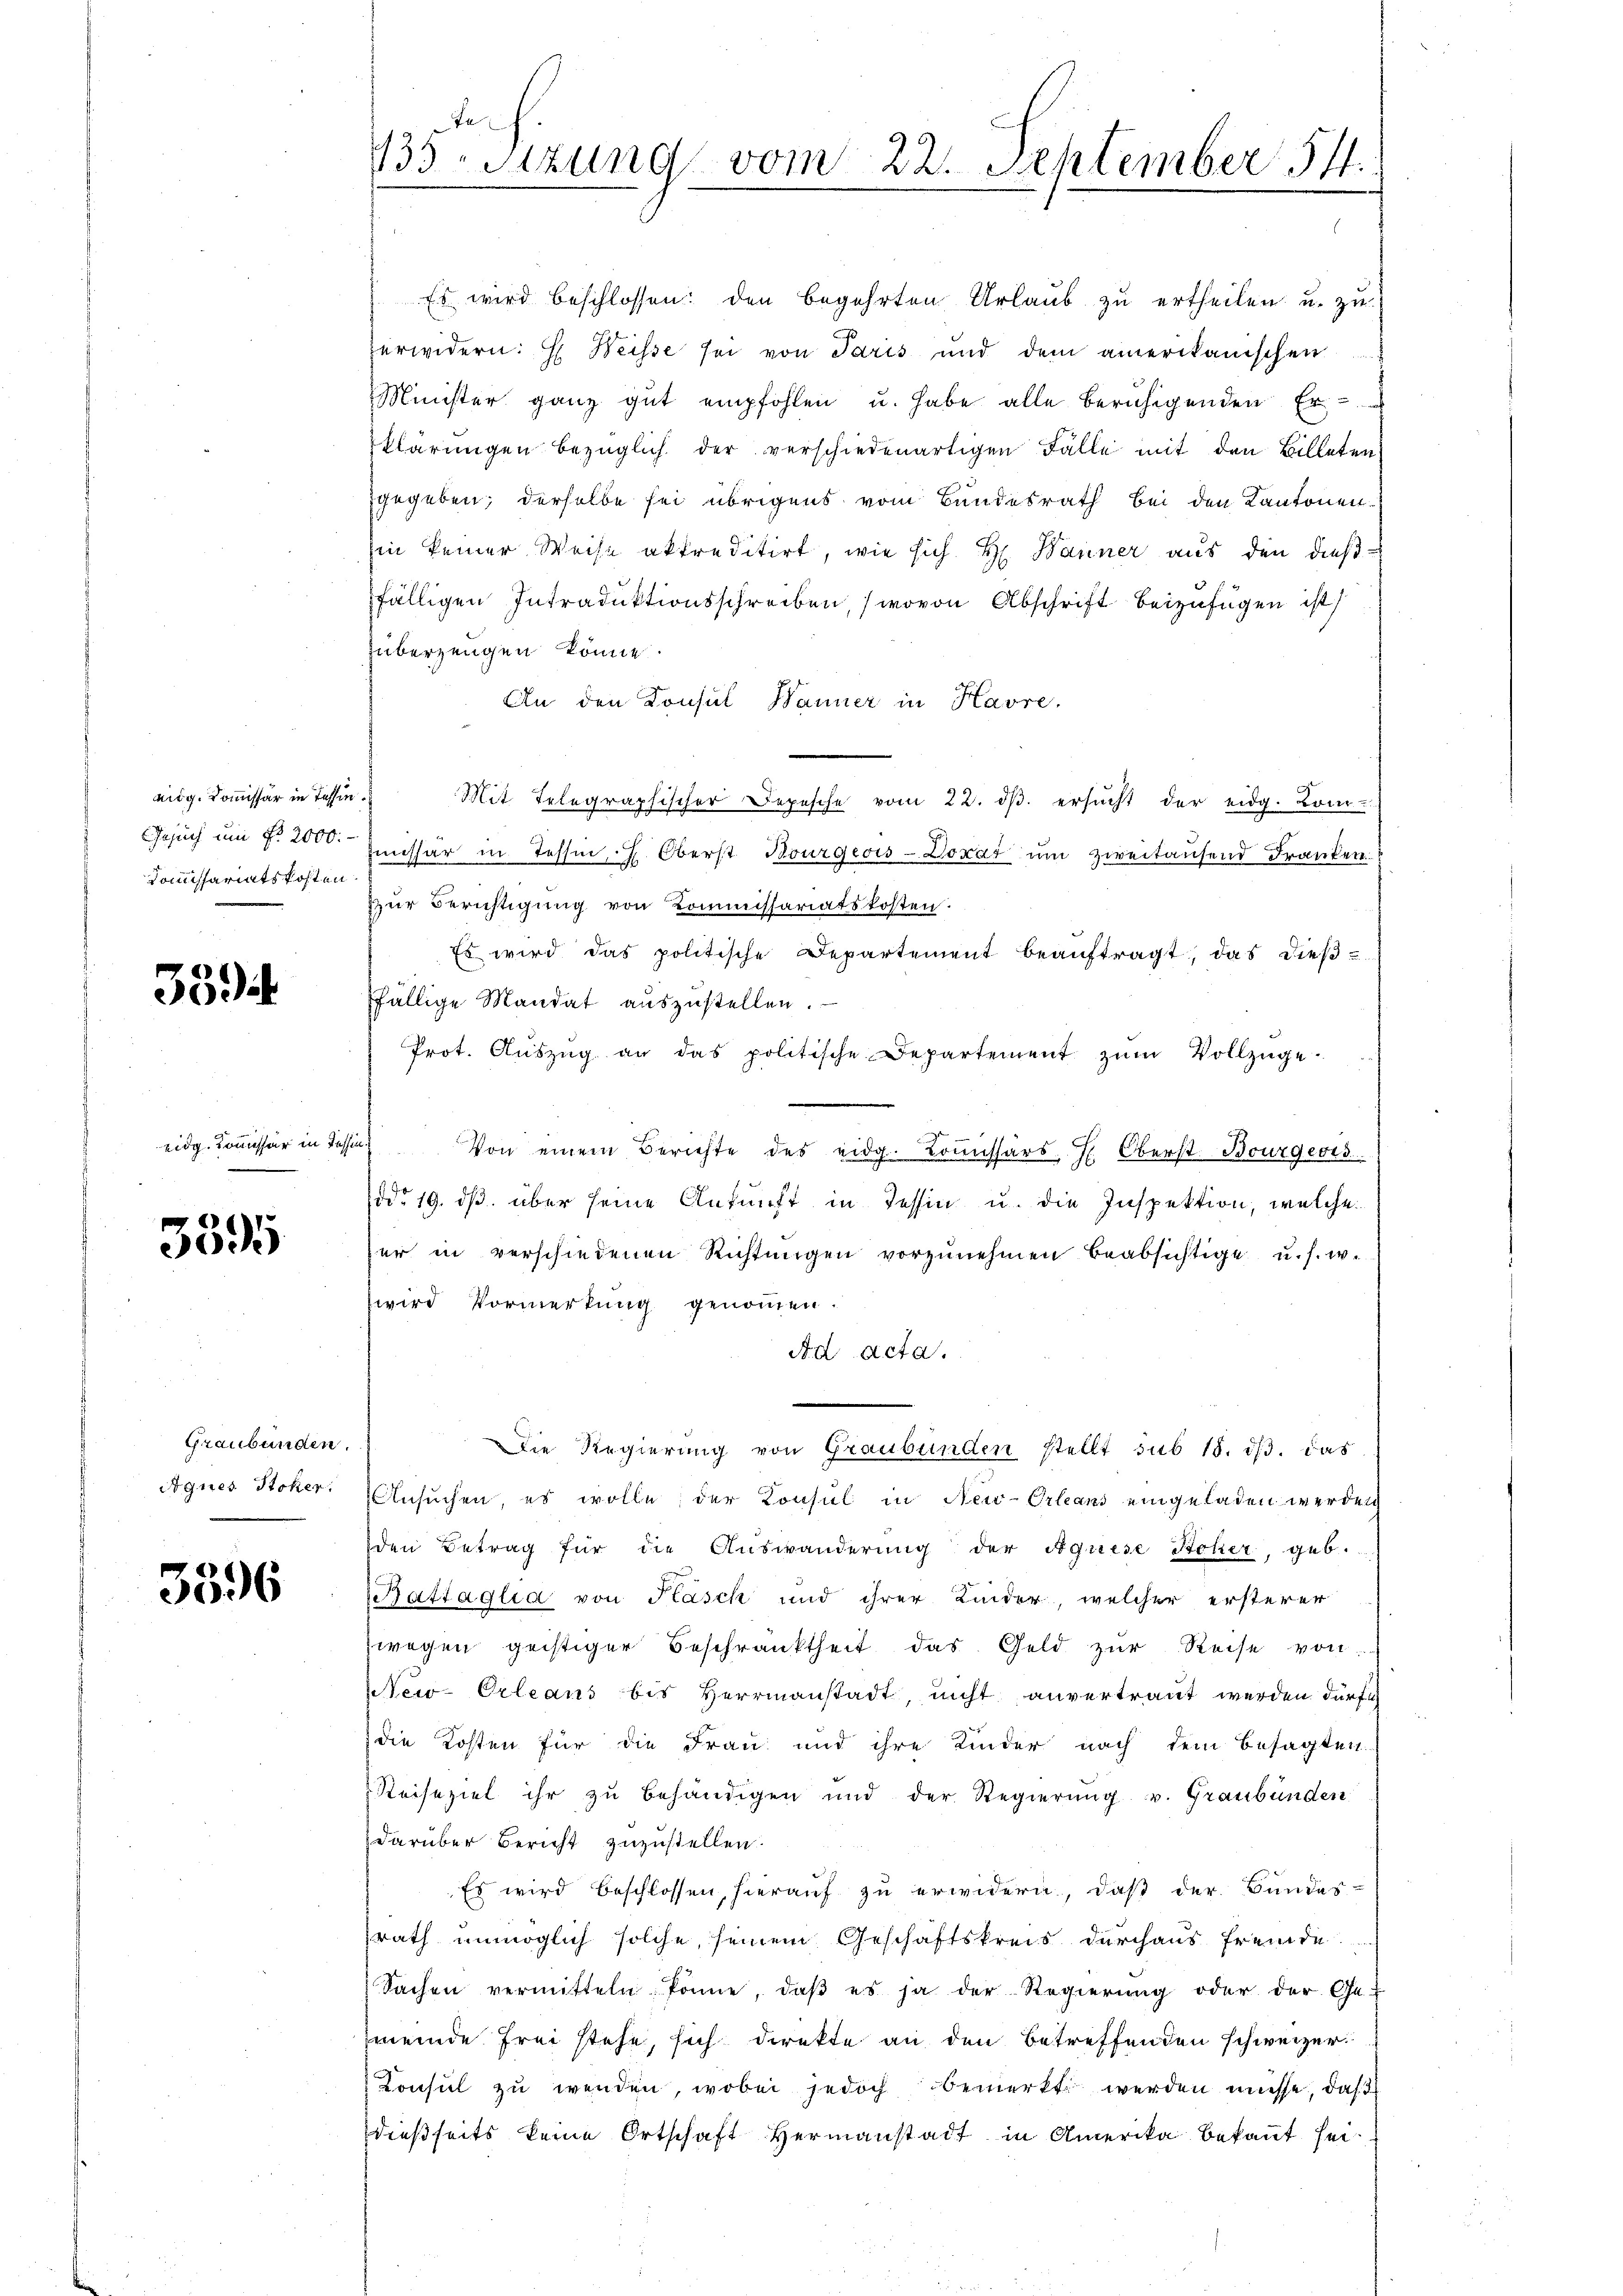
aig. Kommissär in Tessin
Gesuch um Fr. 2000.
Commissariatskosten

3594.

eidg. Kommissär in Tessi

3395

Graubünden.
Aques Stoker.

3596

135. Sitzung vom 22. September 111.

Es wird beschlossen: den begehrten Urlaŭb zŭ ertheilen u. zu
zerwidern: H. Weisse sei von Paris und dem amerikanischen
Minister ganz gut empfohlen u. habe alle beruhigenden Er
klärungen bezüglich der verschiedenartigen Fälle mit den Billeten
gegeben; derselbe sei übrigens vom Bundesrath bei den Kantonen¬
Ein keiner Weise aktreditirt, wie sich H. Banner aus den dießfälligen Intraduktionsschreiben, (wovon Abschrift beizufügen ist
überzeugen könne.
An den Konsul Banner in Havre,
Mit Telegraphischer Depesche vom 22. dβ. ersŭcht der eidg. Kom-
uissar in Tessin, L. Oberst Bourgeois-Lokar um zweitausend Franken.
zzur Berichtigung von Kommissariatskosten.
Es wird das politische Departement beauftragt, das dießffällige Mandat auszustellen.
Prot. Aŭszŭg an das politische Departement zŭm Vollzüge
Von einem Berichte des eidg. Loŭissärs H. Oberst Bourgert.
ddo 19. dβ über seine Ankunft in Tessin u. die Inspektion, welche
er in verschiedenen Richtŭngen vorzŭnehmen beabsichtige u. s. w.
wird Vormerkung genommen.
Ad Acta.
Die Regierung von Graubünden stellt sub 15. ds. das
Ansuchen es wolle, der Konsul in New-Orleans eingeladen werden
den Betrag für die Auswanderung der Aquise Hoher, geb.
Battaglia von Fläsch und ihrer Kinder, welcher ersterer
wegen geistiger Beschränktheit das Geld zur Reise von
New-Orleans bis Herrmanstadt, nicht anvertraut werden dürfe,
die Kosten für die Frau und ihre Kinder nach dem besagten
Reiseziel ihr zu behändigen und der Regierŭng v. Graubünden
darüber Bericht zuzustellen.
Es wird beschlossen, hierauf zu erwidern, daß der Bundes-
srath unmöglich solche, seinem Geschäftskreis durchaus fremde
Sachen vermitteln könne, daβ es ja der Regierung oder der Ge-
meinde Frei stehe, sich direkte an den betreffenden schweizer
Konsul zu wenden, wobei jedoch bemerkt werden müsse, daß
dießseits keine Ortschaft Hermanstadt in Amerika bekannt sei¬